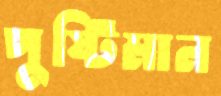
পুষ্টিমান